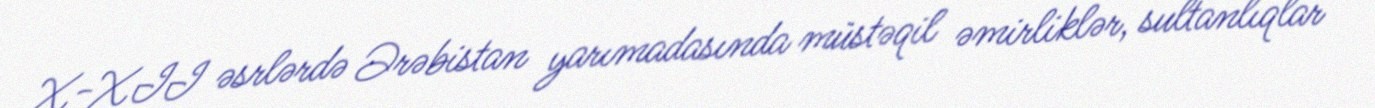
X-XII əsrlərdə Ərəbistan yarımadasında müstəqil əmirliklər, sultanlıqlar